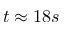
t \approx 1 8 s